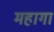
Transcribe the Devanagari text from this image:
महागा